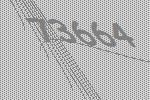
73664